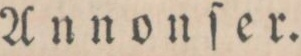
Annonser.